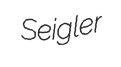
Seigler